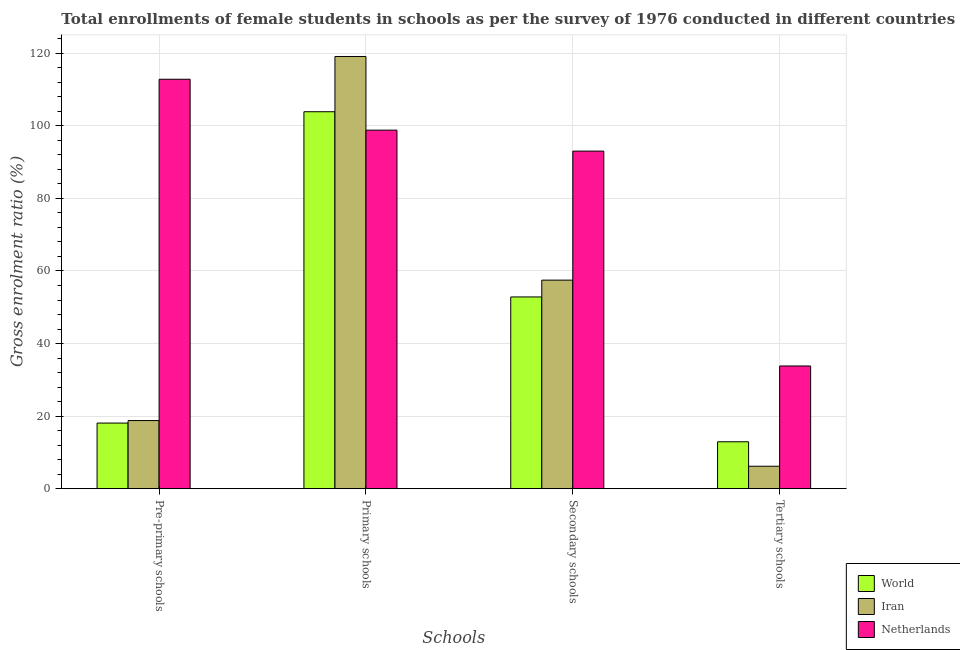
| Schools | World | Iran | Netherlands |
 | --- | --- | --- | --- |
 | Pre-primary schools | 18.1 | 18.8 | 113 |
 | Primary schools | 104 | 119 | 98.8 |
 | Secondary schools | 52.8 | 57.5 | 93 |
 | Tertiary schools | 12.9 | 6.19 | 33.8 |